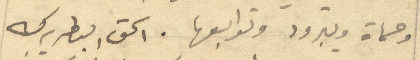
وحماة ويبرود وتوابعها. الحق البطريرك